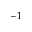
^ { - 1 }